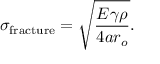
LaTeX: \sigma _ { \mathrm { f r a c t u r e } } = { \sqrt { \frac { E \gamma \rho } { 4 a r _ { o } } } } .